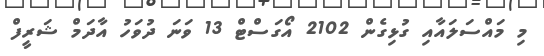
މި މައްސަލައާއި ގުޅިގެން 2102 އޯގަސްޓް 13 ވަނަ ދުވަހު އާދަމް ޝަރީފް